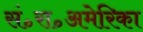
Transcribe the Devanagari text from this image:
सं॰रा॰अमेरिका